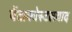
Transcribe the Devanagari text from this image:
पेंटाकोस्टलवाद